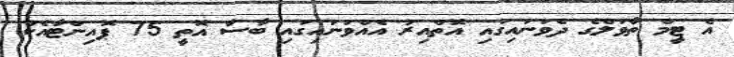
އެ ޓީމް ތާވަލްގެ ދެވަނައިގައި އޮތްއިރު އެއްވަނައިގައި ބާސާ އޮތީ 75 ޕޮއިންޓާއެކު